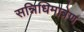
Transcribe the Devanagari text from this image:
सन्निधिमात्रेण